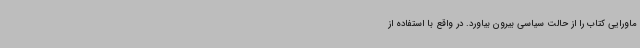
ماورایی کتاب را از حالت سیاسی بیرون بیاورد. در واقع با استفاده از